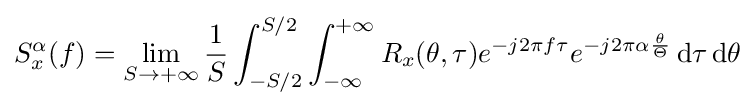
S_{x}^{\alpha }(f)=\lim _{S\rightarrow +\infty }{\frac {1}{S}}\int _{-S/2}^{S/2}\int _{-\infty }^{+\infty }R_{x}(\theta ,\tau )e^{-j2\pi f\tau }e^{-j2\pi \alpha {\frac {\theta }{\Theta }}}\,\mathrm {d} \tau \,\mathrm {d} \theta